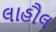
લાહૌલ